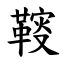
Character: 䩳